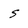
Character: S